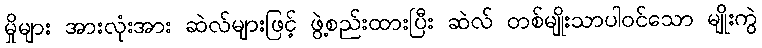
မှိုများ အားလုံးအား ဆဲလ်များဖြင့် ဖွဲ့စည်းထားပြီး ဆဲလ် တစ်မျိုးသာပါဝင်သော မျိုးကွဲ